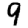
Digit: 9